Report of the Municipal Commissioner on the plague in Bombay for the year ending 31st May... - Volume 2
Disease focus: Plague
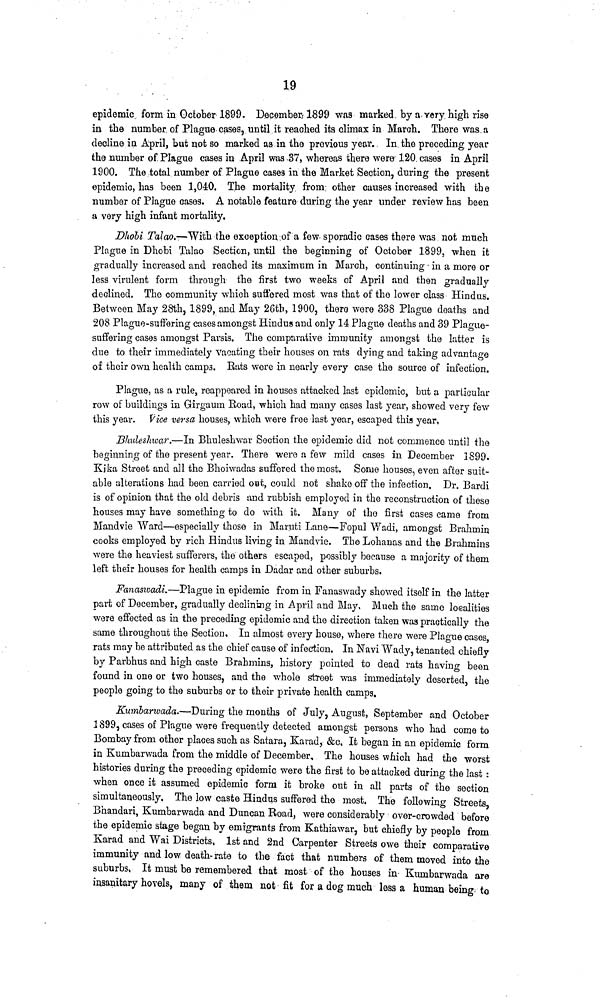
19
epidemic form in October 1899. December/1899 was marked by a very high rise
in the number of Plague cases, until it reached its climax in March. There was. a
decline in April, but not so marked as in the previous year. In the preceding year
the number of Plague cases in April was -37, whereas there were 120 cases in April
1900. The total number of Plague cases in the Market Section, during the present
epidemic, has been 1,040. The mortality from other causes increased with the
number of Plague cases. A notable feature during the year under reyiew has been
a very high infant mortality.
Dhobi Talao.r—With the exception:of a few sporadic cases there was. not much
Plague in Dhobi Talao Section, until the beginning of October 1899, when it
gradually increased and reached its maximum in March, continuing in a more or
less virulent form through the first two weeks of April and then gradually
declined. The community which suffered most was that of the lower class Hindus.
Between May 28th, 1899, and May 26th, 1900, there were 338 Plague deaths and
208 Plague-suffering cases amongst Hindus and only 14 Plague deaths and 39 Plague-
suffering cases amongst Parsis. The compnrative immunity amongst the latter is
due to their immediately vacating their houses on rats dying and taking advantage
of their own health camps. Eats were in nearly every case the source of infection.
Plague, as a rule, reappeared in houses attacked last epidemic, but a particular
row of buildings in Girgaurn Road, which had many cases last year, showed very few
this year. Vice versa houses, which were free last year, escaped this year,
Bhuleslmar.—In Bhuleshwar Section the epidemic did not commence until the
beginning of the present year. There were a few mild cases in December 1899.
Kika Street and all the Bhoiwadas suffered the most. Some houses, even after suit-
able alterations had been carried oat, could not shake off the infection. Dr. Bardi
is of opinion that the old debris and rubbish employed in the reconstruction of these
houses may have something to do with it. Many of the first cases came from
Mandvie Ward—especially those in Maruti Lane—Fopul Wadi, amongst Brahmin
cooks employed by rich Hindus living in Mandvie. The Lohauas and the Brahmins
were the heaviest sufferers, the others escaped, possibly because a majority of them
left their houses for health camps in Dadar and other suburbs.
Fanaswadi.—Plague in epidemic from in Fanaswady showed itself in the latter
part of December, gradually declining in April and May, Much the same loealities
were effected as in the preceding epidemic and the direction taken was practically the
same throughout the Section, In almost every house, where there were Plague cases,
rats may be attributed as the chief cause of infection. In Navi Wacly, tenanted chiefly
by Parbhus and high caste Brahmins, history pointed to dead rats having been
found in one or two houses, and the whole street was immediately deserted, the
people going to the suburbs or to their private health camps.
Kumlarwada.—During the months of July, August, September and October
1899, cases of Plague were frequently detected amongst persons who had come to
Bombay from other places such as Satara, Karad, &c. It began in an epidemic form
in Kumbarwada from the middle of December, The houses which had the worst
histories during the preceding epidemic were the first to be attacked during the last :
when once it assumed epidemic form it broke out in all parts of the section
simultaneously. The low caste Hindus suffered the most. The following Streets,
Bhandari, Kumbarwada and Duncan Road, were considerably over-crowded before
the epidemic stage began by emigrants from Kathiawar, but chiefly by people from
Karad and Wai Districts, 1st and 2nd Carpenter Streets owe their comparative
immunity and low death-rate to the fact that numbers of them moved into the
suburbs, It must be remembered that most of the houses in Kumbarwada are
insanitary hovels, many of them not fit for a dog much less a human being to